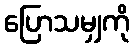
ပြောသမျှကို